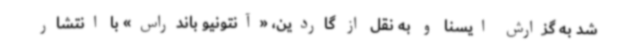
شد به گزارش ایسنا و به نقل از گاردین، «آنتونیو باندراس» با انتشار